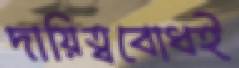
দায়িত্ববোধই